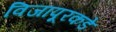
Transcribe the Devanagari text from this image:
विजापूरकडे